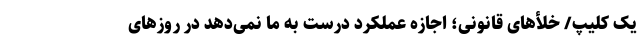
یک کلیپ/ خلأهای قانونى؛ اجازه عملکرد درست به ما نمی‌دهد در روزهاى